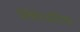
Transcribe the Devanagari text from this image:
प्रोकैरिओटिक